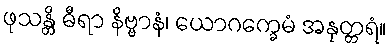
ဖုသန္တိ ဓီရာ နိဗ္ဗာနံ၊ ယောဂက္ခေမံ အနုတ္တရံ။